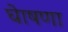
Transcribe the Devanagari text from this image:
घेाषणा